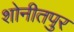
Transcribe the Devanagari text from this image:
शोनीतपुर